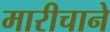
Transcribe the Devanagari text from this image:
मारीचाने